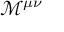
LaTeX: { \mathcal { M } } ^ { \mu \nu }